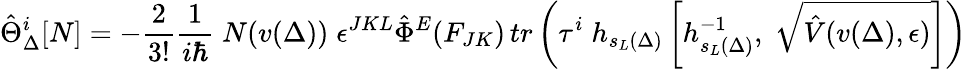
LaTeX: \hat{\Theta}_{\Delta}^{i}[N]=-\frac{2}{3!}\frac{1}{i\hbar}\; N(v(\Delta))\; \epsilon^{JKL}{\hat{\Phi}}^{E}(F_{JK})\, tr\left(\tau^{i}\; h_{s_{L}(\Delta)}\left[h_{s_{L}(\Delta)}^{-1},\; \sqrt{\hat{V}(v(\Delta),\epsilon)}\right]\right)